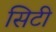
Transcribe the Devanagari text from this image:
सिटी